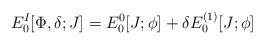
LaTeX: \begin{align*}E_0^{I}[\Phi,\delta;J]=E_0^{0}[J;\phi]+\delta E_0^{(1)}[J;\phi]\end{align*}